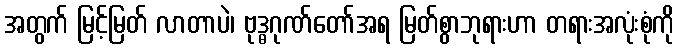
အတွက် မြင့်မြတ် လာတာပဲ၊ ဗုဒ္ဓဂုဏ်တော်အရ မြတ်စွာဘုရားဟာ တရားအလုံးစုံကို